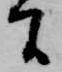
間